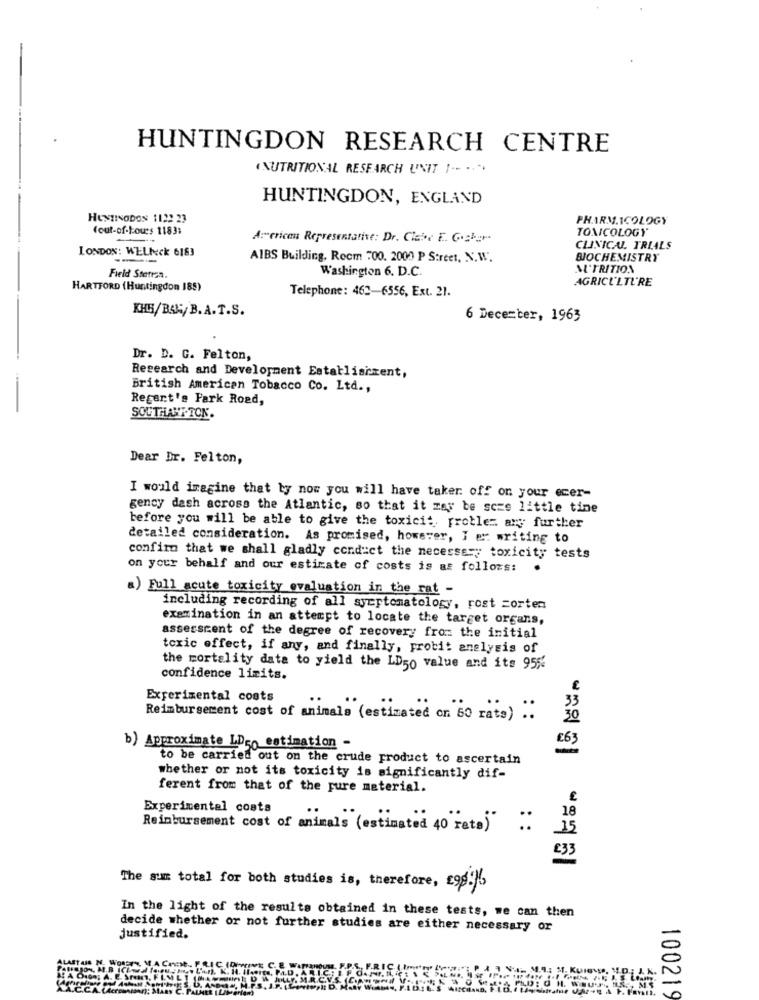
HUNTINGDON RESEARCH CENTRE
NUTRITIONAL RESEARCH UNIT " -- .. ".
HUNTINGDON, ENGLAND
HUNTINGDON 1122 23
PHARM.ICOLOGY
(out-of-tours 1183;
TOXICOLOGY
Ar-erican Representative: Dr. Clate E. Cocker
LONDON: WELbeck 6183
CLINICAL TRIALS
AIBS Building, Room 700. 2000 P Street, N. W.
BIOCHEMISTRY
Washington 6. D.C.
M'TRITION
Field Sterren.
AGRICULTURE
HARTFORD (Huntingdon 185)
Telephone: 462-6556, Ext. 21.
KHH/B&N/B. A.T.S.
6 Dece=ter, 1963
Dr. D. G. Felton,
Research and Development Establishment,
British American Tobacco Co. Ltd .,
Regent's Park Road,
SOUTHLANT-TOK.
Dear Dr. Felton,
I would imagine that by now you will have taker off on your ecer-
gency dash across the Atlantic, so that it may be scze little tine
before you will be able to give the toxicit, problem any further
detailed consideration. As promised, however, I er writing to
confirm that we shall gladly conduct the necessary toxicity tests
on your behalf and our estimate of costs is as follows:
.
a) Full acute toxicity evaluation in the rat -
including recording of all syertomatology, rost =orten
examination in an attempt to locate the target organs,
assessment of the degree of recovery from the initial
toxic effect, if any, and finally, probit analysis of
the mortality data to yield the LD50 value and its 95%
confidence limits.
Experimental costs
33
Reimbursement cost of animals (estimated on 60 rats) ..
30
b) Approximate LDco estimation -
to be carried out on the crude product to ascertain
whether or not its toxicity is significantly dif-
ferent from that of the pure material.
Experimental costs
18
Reimbursement cost of animals (estimated 40 "rete)" ..
15
£33
The sum total for both studies is, therefore, £9896
In the light of the results obtained in these tests, we can then
decide whether or not further studies are either necessary or
justified.
100219